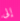
إلى